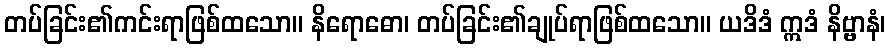
တပ်ခြင်း၏ကင်းရာဖြစ်ထသော။ နိရောဓော၊ တပ်ခြင်း၏ချုပ်ရာဖြစ်ထသော။ ယဒိဒံ ဣဒံ နိဗ္ဗာနံ၊